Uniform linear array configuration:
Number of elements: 12
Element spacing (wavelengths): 1
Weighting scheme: blackman
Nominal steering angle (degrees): -45
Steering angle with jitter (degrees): -45.316
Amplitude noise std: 0.05
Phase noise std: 0.05

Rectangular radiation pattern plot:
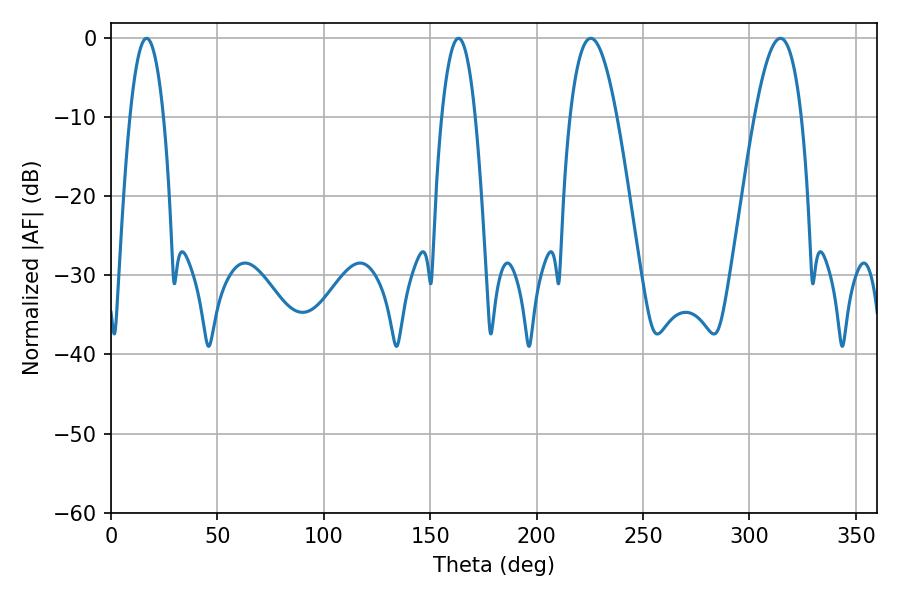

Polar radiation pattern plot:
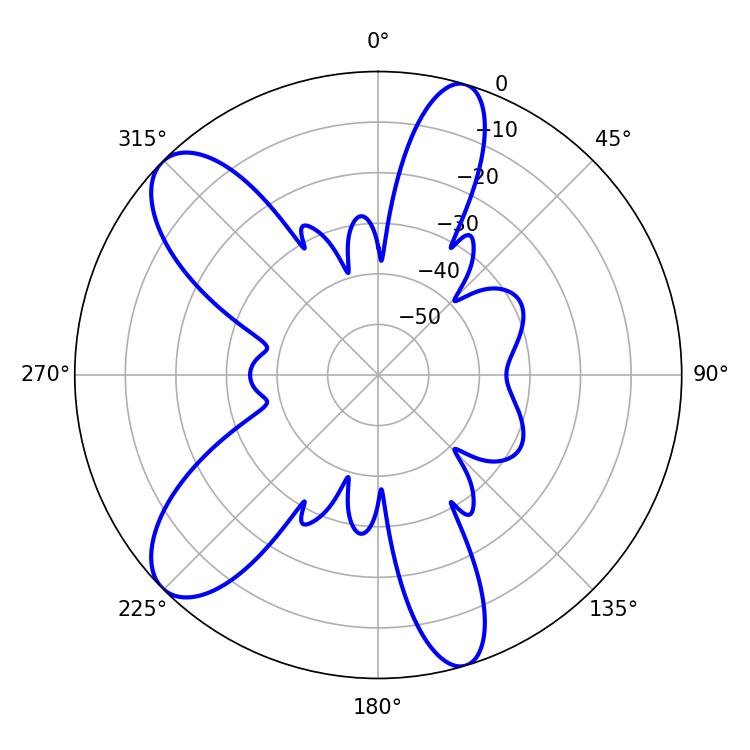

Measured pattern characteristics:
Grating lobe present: TRUE
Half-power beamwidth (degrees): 8.64
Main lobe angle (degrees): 16.74